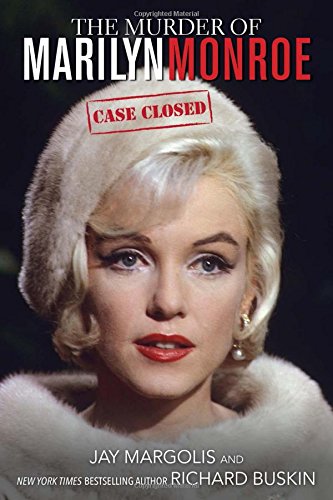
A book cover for The Murder of Marilyn Monroe: Case Closed; Jay Margolis; Humor & Entertainment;